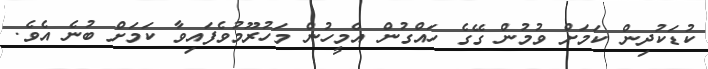
ކުޑަކުދިން ކަމަށް ވުމުން ގޭގެ ހައްގުން އެމީހުން މަހުރޫމުވެފައިވާ ކަމަށް ބުނެ އެވެ.